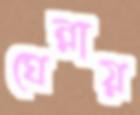
ঘেন্নায়